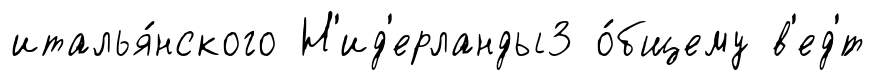
италья́нского Н'ид'ерланды3 о́бщему в'ед'́т